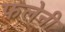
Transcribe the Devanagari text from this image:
फलेनी